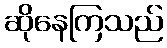
ဆိုနေကြသည်